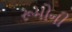
રૂમોની